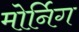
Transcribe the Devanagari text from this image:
मोर्निग